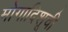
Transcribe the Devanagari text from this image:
मोगादिशूची